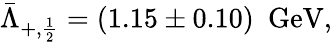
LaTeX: \bar{\Lambda}_{+,{\frac{1}{2}}}=(1.15\pm 0.10)~~\mathrm{GeV},